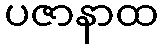
ပဇာနာထ